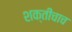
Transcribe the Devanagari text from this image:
शक्तीचाच